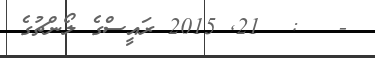
-   :  21